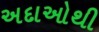
અદાઓથી